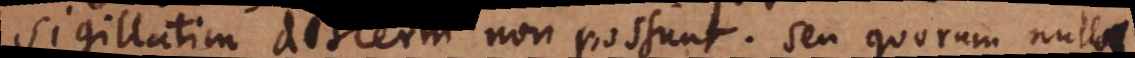
sigillatim discerni non possunt; seu quorum nulla